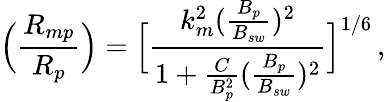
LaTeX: \Big(\frac{R_{mp}}{R_{p}}\Big)=\Big[\frac{k_{m}^{2}(\frac{B_{p}}{B_{sw}})^{2}}{1+\frac{C}{B_{p}^{2}}(\frac{B_{p}}{B_{sw}})^{2}}\Big]^{1/6}\thinspace,